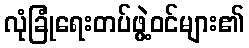
လုံခြုံရေးတပ်ဖွဲ့ဝင်များ၏